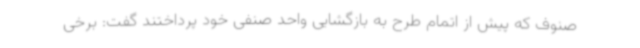
صنوف که پیش از اتمام طرح به بازگشایی واحد صنفی خود پرداختند گفت: برخی